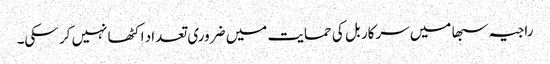
راجیہ سبھا میں سرکار بل کی حمایت میں ضروری تعداد اکٹھا نہیں کر سکی۔